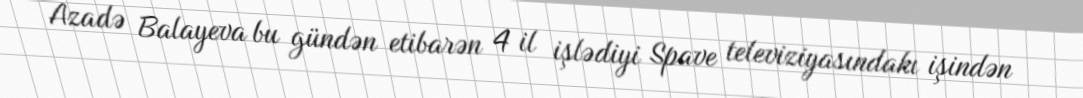
Azadə Balayeva bu gündən etibarən 4 il işlədiyi Spave televiziyasındakı işindən